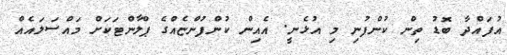
އުފައްދާ ބޮޑު ތިން ކުންފުނި މި އުޅެނީ. އެއިން ކުންފުންޏެއްގެ ޕްލާންޓަކަށް މައްސަލައެއް